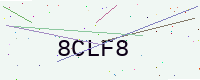
Text: 8CLF8